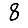
Digit: 8